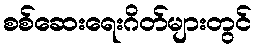
စစ်ဆေးရေးဂိတ်များတွင်